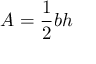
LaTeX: A = { \frac { 1 } { 2 } } b h